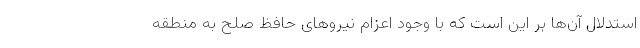
استدلال آن‌ها بر این است که با وجود اعزام نیروهای حافظ صلح به منطقه